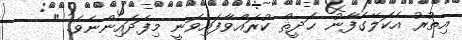
އިތުރު އެކަލޭގެފާނު ޙަދީޘް ކުރައްވާފައިވަނީ މިފަދައިންނެވެ. "